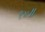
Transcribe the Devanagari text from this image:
१४॥